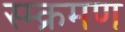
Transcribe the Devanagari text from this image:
स्म्क्रमण